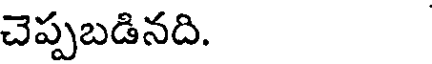
చెప్పబడినది.